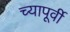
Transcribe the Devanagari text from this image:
च्यापूर्वी